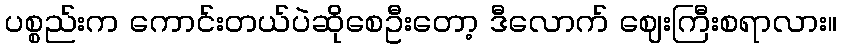
ပစ္စည်းက ကောင်းတယ်ပဲဆိုစေဦးတော့ ဒီလောက် ဈေးကြီးစရာလား။